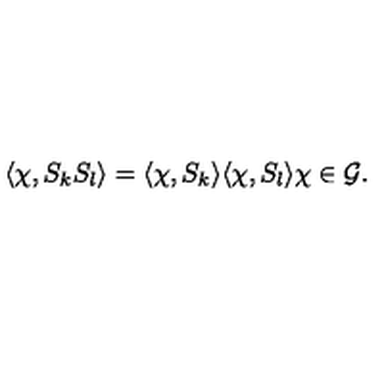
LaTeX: \langle \chi , S _ { k } S _ { l } \rangle = \langle \chi , S _ { k } \rangle \langle \chi , S _ { l } \rangle \chi \in { \mathcal G } .